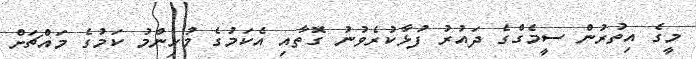
މީގެ އިތުރުން ސީމެގްގެ ދައުރު ފުޅާކުރެވުނު ގޮތާއި އެކަމުގެ މުހިންމު ކަމުގެ މައްޗަށް